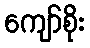
ကျော်စိုး